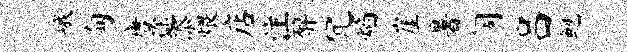
峨甸唐途添煨店注醉冗焰崖暑阔吕鲍